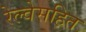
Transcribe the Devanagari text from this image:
रेल्वेसहित